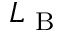
L _ { \mathrm { ~ B ~ } }